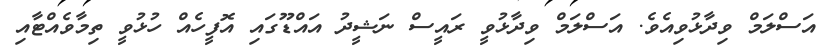
އަސްލަމް ވިދާޅުވިއެވެ. އަސްލަމް ވިދާޅުވީ ރައީސް ނަޝީދު އައްޑޫގައި އޮފީހެއް ހުޅުވީ ތިމާވެއްޓާއި